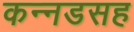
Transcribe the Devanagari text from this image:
कन्नडसह